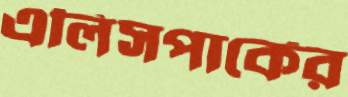
এলিসপার্কের